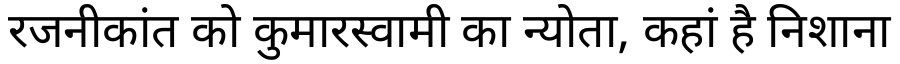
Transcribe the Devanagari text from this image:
रजनीकांत को कुमारस्वामी का न्योता, कहां है निशाना